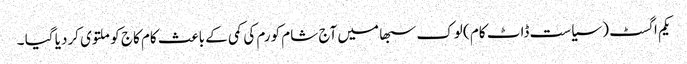
یکم اگسٹ ( سیاست ڈاٹ کام ) لوک سبھا میں آج شام کورم کی کمی کے باعث کام کاج کو ملتوی کردیا گیا ۔